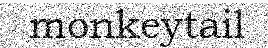
monkeytail